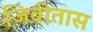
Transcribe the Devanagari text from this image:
जिवीतास